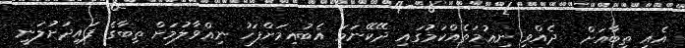
އެއީ ތިބާއަށް  ދެއްވި ނިޢުމަތެއްކަމުގައި ދޭކޭނަމަ އެބުއިމަށްފަހު ނިއްވާލުމަށް ތިބާގެ ފައިދަށުލަނީ